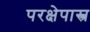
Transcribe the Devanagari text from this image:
परक्षेपास्त्र